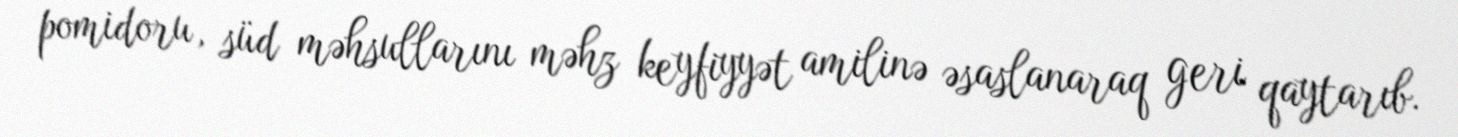
pomidoru, süd məhsullarını məhz keyfiyyət amilinə əsaslanaraq geri qaytarıb.